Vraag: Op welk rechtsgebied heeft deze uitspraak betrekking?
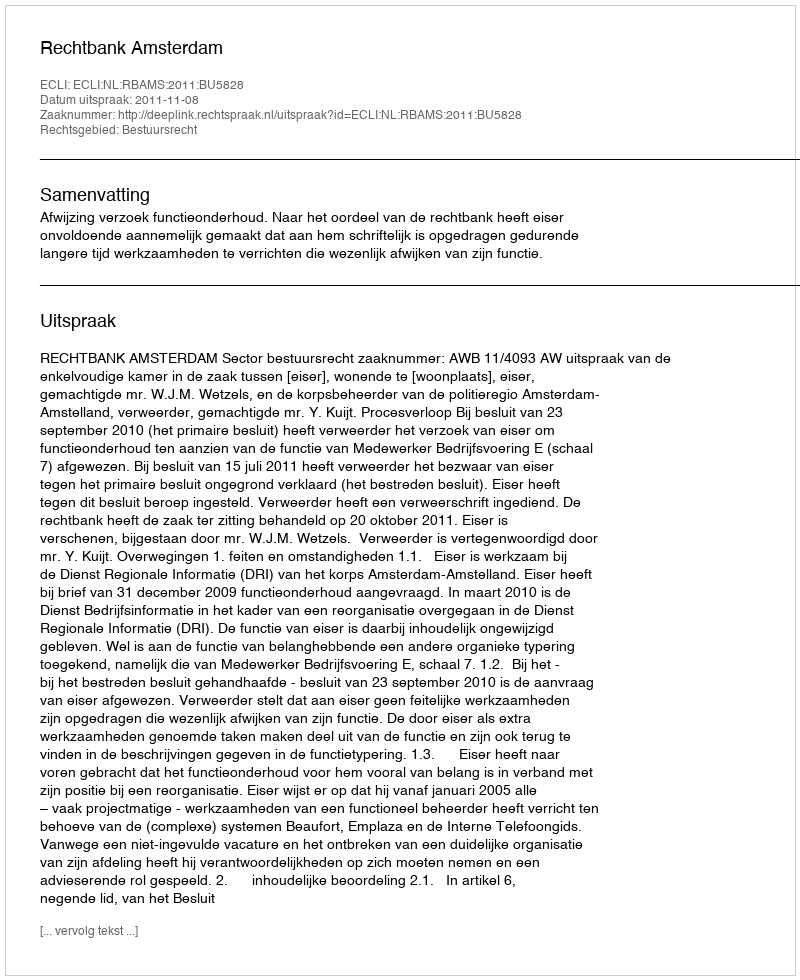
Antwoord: Bestuursrecht